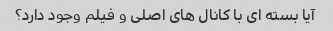
آیا بسته ای با کانال های اصلی و فیلم وجود دارد؟